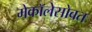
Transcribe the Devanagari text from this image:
मेकॉलेसोबत